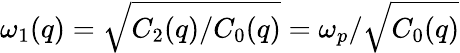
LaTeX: \omega_{1}(q)=\sqrt{C_{2}(q)/C_{0}(q)}=\omega_{p}/\sqrt{C_{0}(q)}